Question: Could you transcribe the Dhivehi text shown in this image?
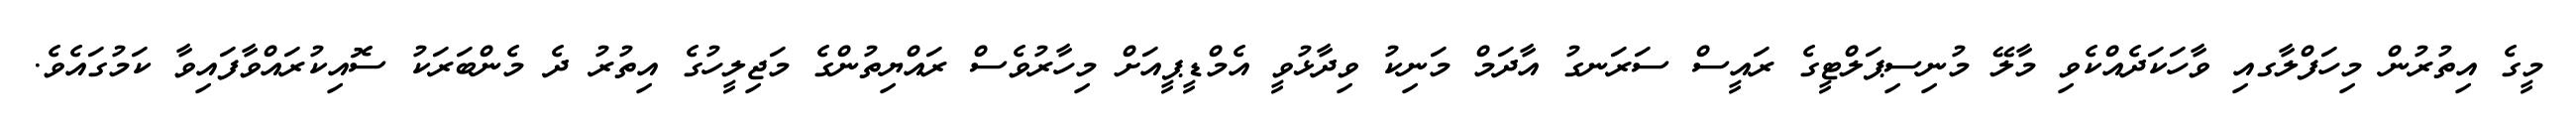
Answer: މީގެ އިތުރުން މިހަފްލާގއި ވާހަކަދެއްކެވި މާލޭ މުނިސިޕަލްޓީގެ ރައީސް ސަރަނގު އާދަމް މަނިކު ވިދާޅުވީ އެމްޑީޕީއަށް މިހާރުވެސް ރައްޔިތުންގެ މަޖިލީހުގެ އިތުރު ދެ މެންބަރަކު ސޮއިކުރައްވާފައިވާ ކަމުގައެވެ.